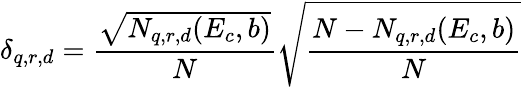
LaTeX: \delta_{q,r,d}=\frac{\sqrt{N_{q,r,d}(E_{c},b)}}{N}\sqrt{\frac{N-N_{q,r,d}(E_{c},b)}{N}}